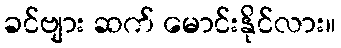
ခင်ဗျား ဆက် မောင်းနိုင်လား။